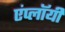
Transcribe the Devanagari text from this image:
एंप्लॉयी